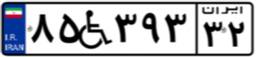
۸۵W۳۹۳۳۲